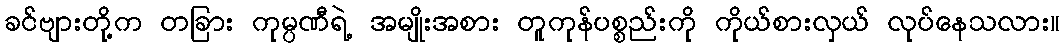
ခင်ဗျားတို့က တခြား ကုမ္ပဏီရဲ့ အမျိုးအစား တူကုန်ပစ္စည်းကို ကိုယ်စားလှယ် လုပ်နေသလား။